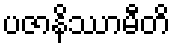
ပဇာနိဿာမီတိ